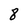
Character: 8